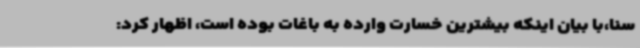
سنا،با بیان اینکه بیشترین خسارت وارده به باغات بوده است، اظهار کرد: